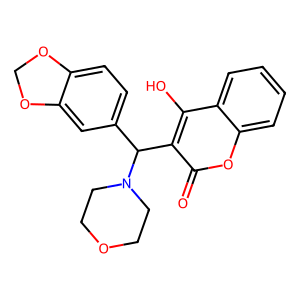
SMILES: O=c1oc2ccccc2c(O)c1C(c1ccc2c(c1)OCO2)N1CCOCC1
Inhibits HIV replication: No